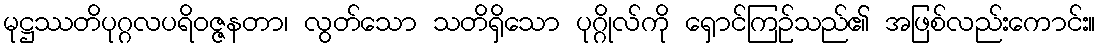
မုဋ္ဌဿတိပုဂ္ဂလပရိဝဇ္ဇနတာ၊ လွတ်သော သတိရှိသော ပုဂ္ဂိုလ်ကို ရှောင်ကြဉ်သည်၏ အဖြစ်လည်းကောင်း။